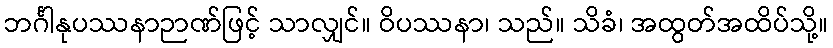
ဘင်္ဂါနုပဿနာဉာဏ်ဖြင့် သာလျှင်။ ဝိပဿနာ၊ သည်။ သိခံ၊ အထွတ်အထိပ်သို့။